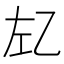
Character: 𰏇